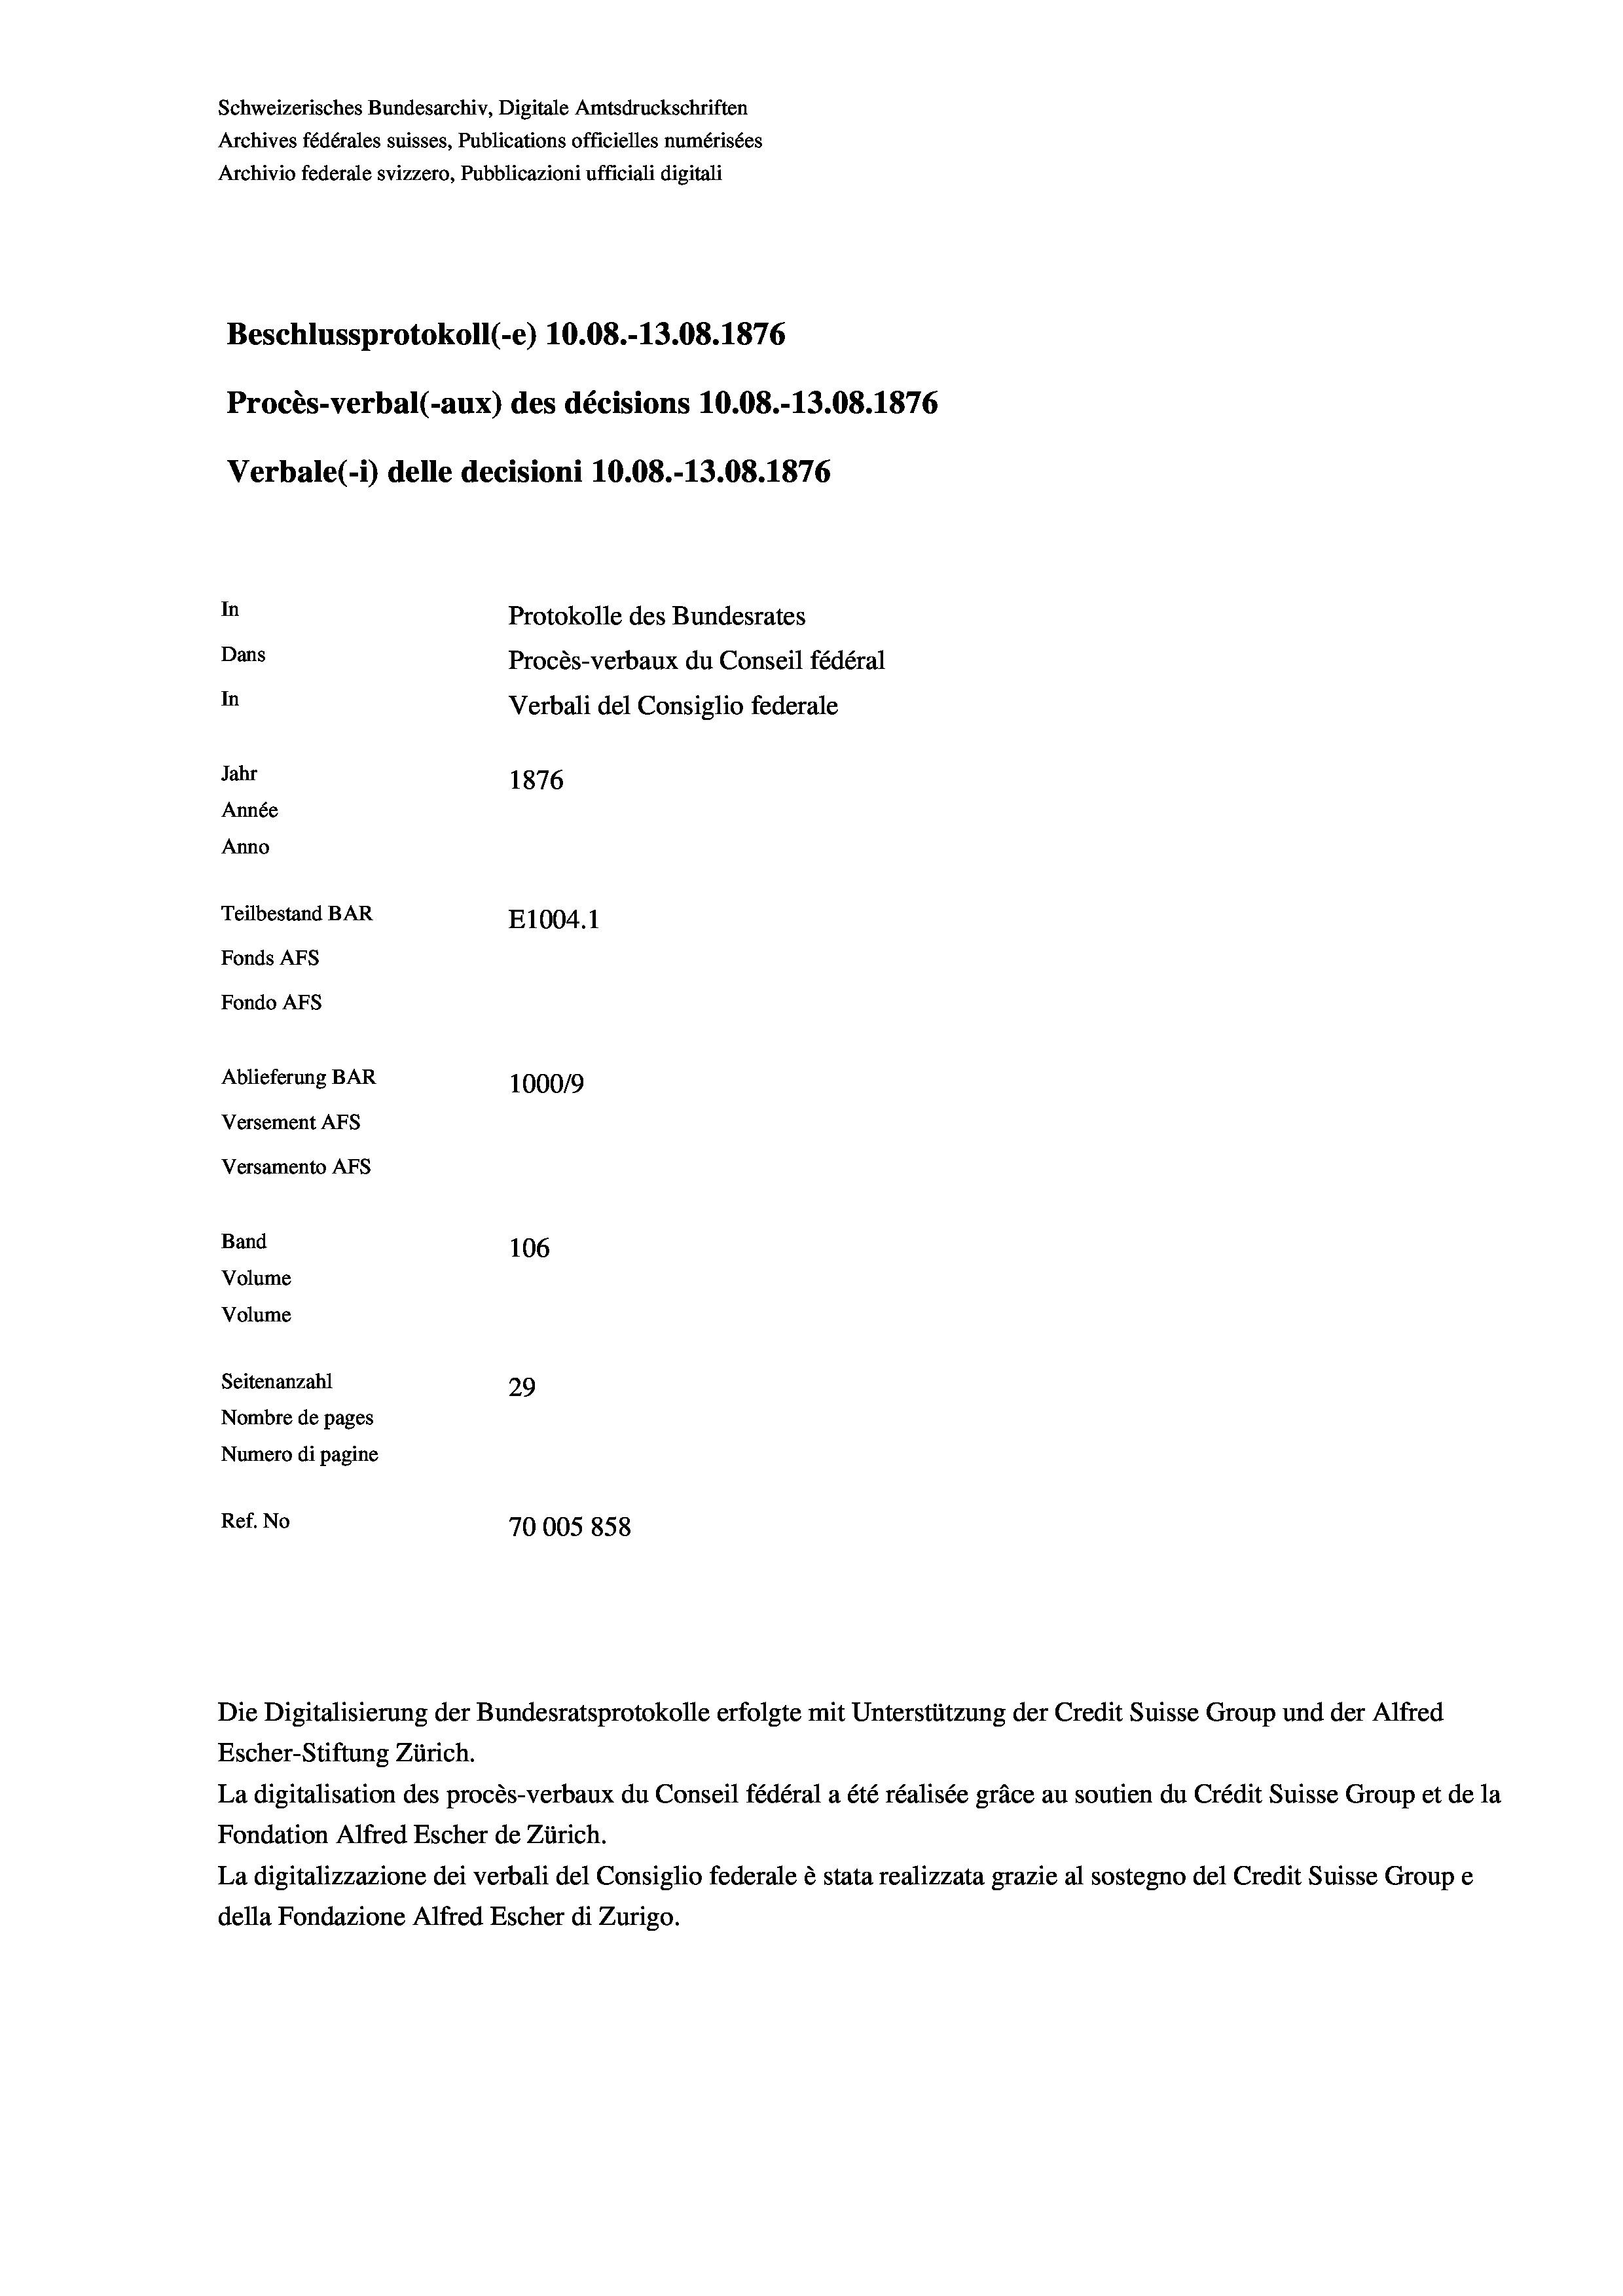
Schweizerisches Bundesarchiv, Digitale Amtsdruckschriften
Archives fédérales suisses, Publications officielles numérisées
Archivio federale svizzero, Pubblicazioni ufficiali digitali
Beschlussprotokoll (-e) 10.08.-13.08. 1876
Procès-verbal (-aux) des décisions 10.08.-13.08. 1876
Verbale(*) delle decisioni 10.08.-13.08. 1876
In
Protokolle des Bundesrates
Dans
Procès-verbaux du Conseil fédéral
In
Verbali del Consiglio federale
Jahr
1876
Année
Anno
Teilbestand BAR
E1004.1
Fonds AFs
Fondo Afs
Ablieferung BAR
100019
Versement AFs
Versamento Afs
Band
106
Volume
Volume
Seitenanzahl
29
Nombre de pages
Numero di pagine
Ref. No
70005 858

Die Digitalisierung der Bundesratsprotokolle erfolgte mit Unterstützung der Credit Suisse Group und der Alfred
Escher-Stiftung Zürich.
La digitalisation des procès-verbaux du Conseil fédéral a été réalisée gräce au soutien du Crédit Suisse Group et de la
Fondation Alfred Escher de Zürich.
La digitalizzazione dei verbali del Consiglio federale è stata realizzata grazie al sostegno del Credit Suisse Groupe
della Fondazione Alfred Escher di Zurigo.